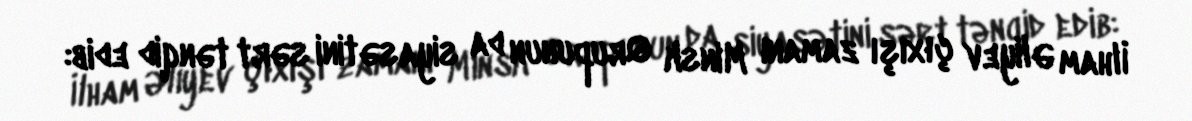
İlham Əliyev çıxışı zamanı Minsk Qrupunun da siyasətini sərt tənqid edib: